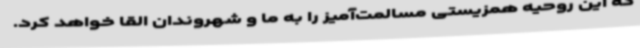
که این روحیه همزیستی مسالمت‌آمیز را به ما و شهروندان القا خواهد کرد.